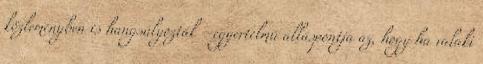
közleményben is hangsúlyozták –egyértelmű álláspontja az, hogy ha valaki